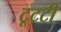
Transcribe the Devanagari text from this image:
टूटटी